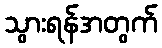
သွားရန်အတွက်